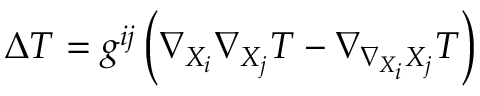
\Delta T = g ^ { i j } \left( \nabla _ { X _ { i } } \nabla _ { X _ { j } } T - \nabla _ { \nabla _ { X _ { i } } X _ { j } } T \right)